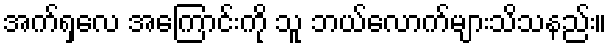
အက်ရှလေ အကြောင်းကို သူ ဘယ်လောက်များသိသနည်း။